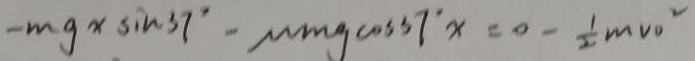
- m g x \sin 3 7 ^ { \circ } - M m g \cos 3 7 ^ { \circ } x = 0 - \frac { 1 } { 2 } m v o ^ { 2 }